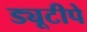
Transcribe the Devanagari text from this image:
ड्यूटीपे